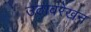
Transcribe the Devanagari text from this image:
उठावरेखन